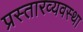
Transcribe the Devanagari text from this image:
प्रस्तारव्यवस्था